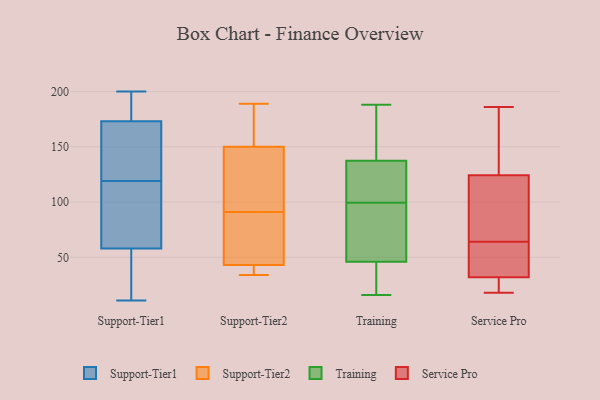
{"axis": {"x": "Inventory Turnover", "y": "Value"}, "legend": ["Service Pro", "Support-Tier1", "Support-Tier2", "Training"], "data": [{"x": "", "y": 119, "type": "Support-Tier1"}, {"x": "", "y": 188, "type": "Support-Tier1"}, {"x": "", "y": 196, "type": "Support-Tier1"}, {"x": "", "y": 15, "type": "Support-Tier1"}, {"x": "", "y": 172, "type": "Support-Tier1"}, {"x": "", "y": 70, "type": "Support-Tier1"}, {"x": "", "y": 147, "type": "Support-Tier1"}, {"x": "", "y": 172, "type": "Support-Tier1"}, {"x": "", "y": 177, "type": "Support-Tier1"}, {"x": "", "y": 99, "type": "Support-Tier1"}, {"x": "", "y": 108, "type": "Support-Tier1"}, {"x": "", "y": 128, "type": "Support-Tier1"}, {"x": "", "y": 31, "type": "Support-Tier1"}, {"x": "", "y": 67, "type": "Support-Tier1"}, {"x": "", "y": 28, "type": "Support-Tier1"}, {"x": "", "y": 11, "type": "Support-Tier1"}, {"x": "", "y": 200, "type": "Support-Tier1"}, {"x": "", "y": 150, "type": "Support-Tier2"}, {"x": "", "y": 189, "type": "Support-Tier2"}, {"x": "", "y": 46, "type": "Support-Tier2"}, {"x": "", "y": 34, "type": "Support-Tier2"}, {"x": "", "y": 41, "type": "Support-Tier2"}, {"x": "", "y": 155, "type": "Support-Tier2"}, {"x": "", "y": 43, "type": "Support-Tier2"}, {"x": "", "y": 113, "type": "Support-Tier2"}, {"x": "", "y": 112, "type": "Support-Tier2"}, {"x": "", "y": 70, "type": "Support-Tier2"}, {"x": "", "y": 16, "type": "Training"}, {"x": "", "y": 95, "type": "Training"}, {"x": "", "y": 46, "type": "Training"}, {"x": "", "y": 176, "type": "Training"}, {"x": "", "y": 129, "type": "Training"}, {"x": "", "y": 188, "type": "Training"}, {"x": "", "y": 46, "type": "Training"}, {"x": "", "y": 104, "type": "Training"}, {"x": "", "y": 146, "type": "Training"}, {"x": "", "y": 66, "type": "Training"}, {"x": "", "y": 35, "type": "Training"}, {"x": "", "y": 113, "type": "Training"}, {"x": "", "y": 64, "type": "Service Pro"}, {"x": "", "y": 20, "type": "Service Pro"}, {"x": "", "y": 44, "type": "Service Pro"}, {"x": "", "y": 122, "type": "Service Pro"}, {"x": "", "y": 41, "type": "Service Pro"}, {"x": "", "y": 151, "type": "Service Pro"}, {"x": "", "y": 85, "type": "Service Pro"}, {"x": "", "y": 18, "type": "Service Pro"}, {"x": "", "y": 29, "type": "Service Pro"}, {"x": "", "y": 125, "type": "Service Pro"}, {"x": "", "y": 20, "type": "Service Pro"}, {"x": "", "y": 186, "type": "Service Pro"}, {"x": "", "y": 64, "type": "Service Pro"}, {"x": "", "y": 102, "type": "Service Pro"}, {"x": "", "y": 127, "type": "Service Pro"}]}